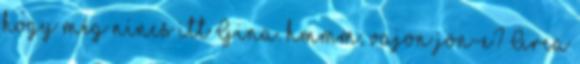
hogy még nincs itt Gina. hmmm, vajon jön-e? Arca